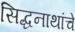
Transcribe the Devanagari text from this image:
सिद्धनाथांचे